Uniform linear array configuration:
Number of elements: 48
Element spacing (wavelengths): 0.25
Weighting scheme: hann
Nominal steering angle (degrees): -45
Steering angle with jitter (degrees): -45.981
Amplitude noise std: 0.05
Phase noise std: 0.05

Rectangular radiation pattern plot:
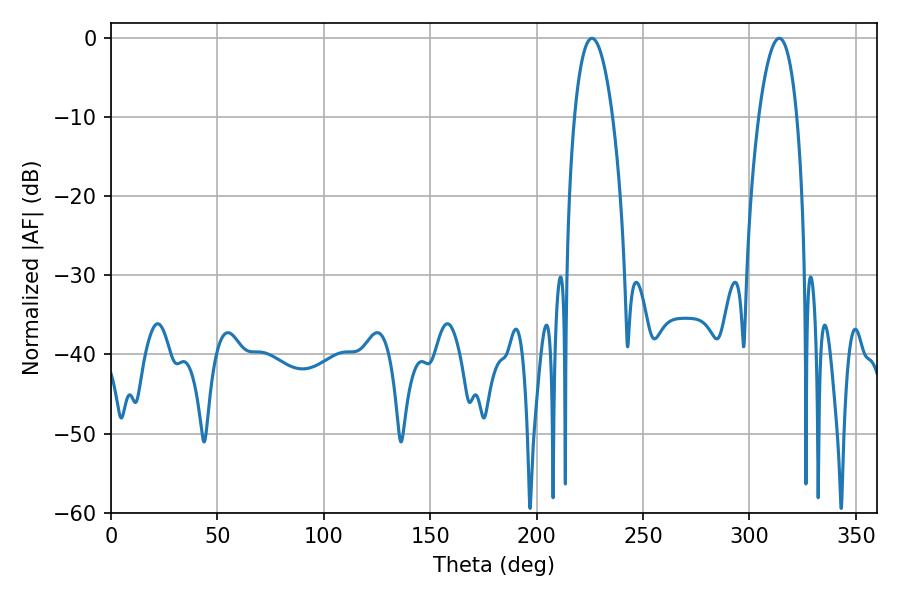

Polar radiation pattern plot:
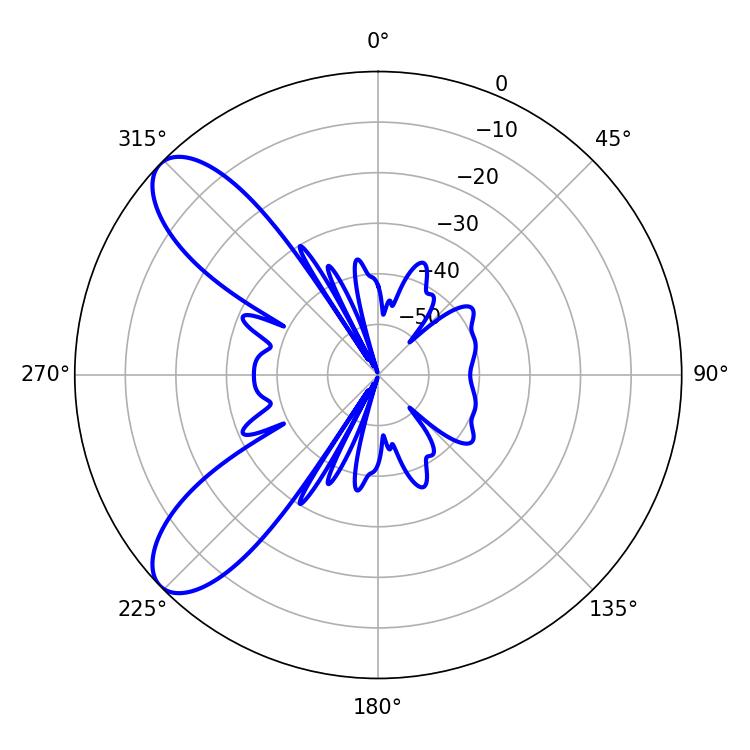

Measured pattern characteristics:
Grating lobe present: FALSE
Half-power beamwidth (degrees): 10.08
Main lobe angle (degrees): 226.08